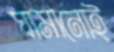
ঘামানোই